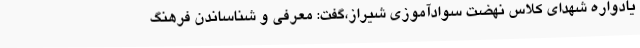
یادواره شهدای کلاس نهضت سوادآموزی شیراز،گفت: معرفی و شناساندن فرهنگ